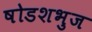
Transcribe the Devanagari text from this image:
षोडशभुज